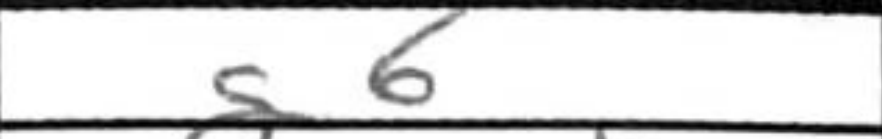
Transcription: g6